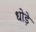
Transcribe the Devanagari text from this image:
धोड़े